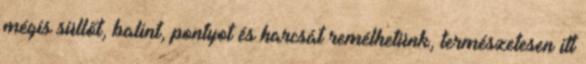
mégis süllőt, balint, pontyot és harcsát remélhetünk, természetesen itt